Civil Veterinary Department. United Provinces 1923-31 - 1923-1931
Year: 1923
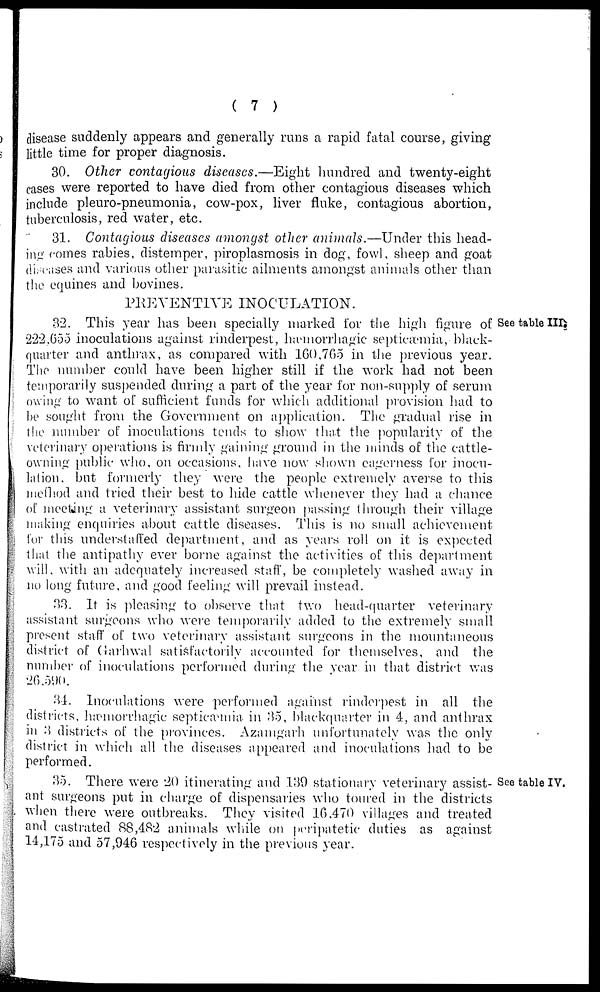
(7)
disease suddenly appears and generally runs a rapid fatal course, giving
little time for proper diagnosis.
30. Other contagious diseases.—Eight
hundred and twenty-eight
cases were reported to have died from other contagious diseases which
include pleuro-pneumonia, cow-pox, liver fluke, contagious abortion,
tuberculosis, red water, etc.
31. Contagious diseases amongst other animals.—Under this head-
ing comes rabies, distemper, piroplasmosis in dog, fowl, sheep and goat
diseases and various other parasitic ailments amongst animals other than
the equines and bovines.
PREVENTIVE INOCULATION.
See table III.
32. This year has been specially marked for the high figure of
222,655 inoculations against rinderpest, hæmorrhagic septicæmia, black-
quarter and anthrax, as compared with 160,765 in the previous year.
The number could have been higher still if the work had not been
temporarily suspended during a part of the year for non-supply of serum
owing to want of sufficient funds for which additional provision had to
be sought from the Government on application. The gradual rise in
the number of inoculations tends to show that the popularity of the
veterinary operations is firmly gaining ground in the minds of the cattle-
owning public who, on occasions, have now shown eagerness for inocu-
lation, but formerly they were the people extremely averse to this
method and tried their best to hide cattle whenever they had a chance
of meeting a veterinary assistant surgeon passing through their village
making enquiries about cattle diseases. This is no small achievement
for this understaffed department, and as years roll on it is expected
that the antipathy ever borne against the activities of this department
will, with an adequately increased staff, be completely washed away in
no long future, and good feeling will prevail instead.
33. It is pleasing to observe that two head-quarter veterinary
assistant surgeons who were temporarily added to the extremely small
present staff of two veterinary assistant surgeons in the mountaneous
district of Garhwal satisfactorily accounted for themselves, and the
number of inoculations performed during the year in that district was
26,590.
31. Inoculations were performed against rinderpest in all the
districts, hæmorrhagic septicæmia in 35, blackquarter in 4, and anthrax
in 3 districts of the provinces. Azamgarh unfortunately was the only
district in which all the diseases appeared and inoculations had to be
performed.
See table IV.
35. There were 2(1 itinerating and 139 stationary veterinary assist-
ant surgeons put in charge of dispensaries who toured in the districts
when there were outbreaks. They visited 16,470 villages and treated
and castrated 88,482 animals while on peripatetic duties as against
14,175 and 57,946 respectively in the previous year.